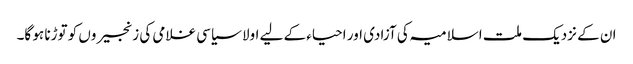
ان کے نزدیک ملت اسلامیہ کی آزادی اور احیاء کے لیے اولا سیاسی غلامی کی زنجیروں کو توڑنا ہو گا۔